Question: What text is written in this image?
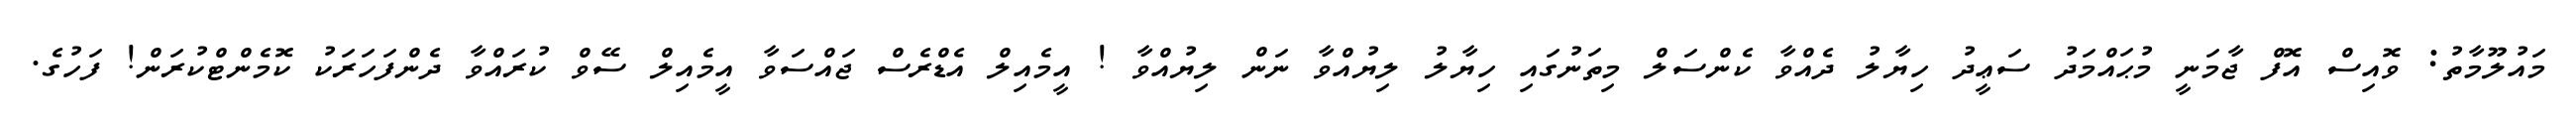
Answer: މައުލޫމާތު: ވޮއިސް އޮފް ޖާމަނީ މުޙައްމަދު ސަޢީދު ހިޔާލު ދެއްވާ ކެންސަލް މިތަނުގައި ހިޔާލު ލިޔުއްވާ ނަން ލިޔުއްވާ ! އީމެއިލް އެޑްރެސް ޖައްސަވާ އީމެއިލް ސޭވް ކުރައްވާ ދެންފަހަރަކު ކޮމެންޓްކުރަން! ފަހުގެ.